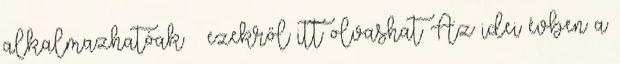
alkalmazhatóak – ezekről itt olvashat Az idei évben a